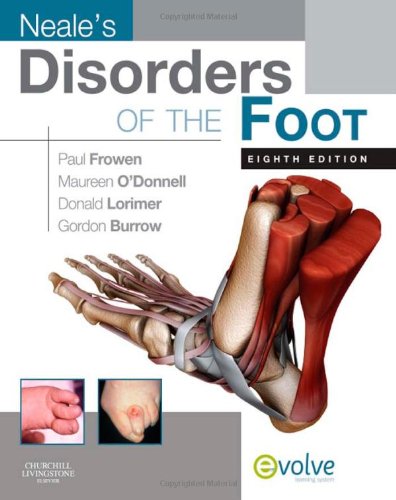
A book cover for Neale's Disorders of the Foot, 8e (Evolve Learning System Courses); Paul Frowen MPhil  FCHS  FCPodMed  DPodM; Medical Books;